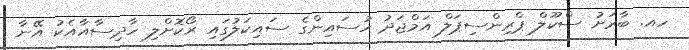
ހއ. ބާރަށު ސްކޫލް ޕްރިންސިޕަލް އަމްޖަދު ހުސައިންގެ ސައިކަލުގައި ރޯކޮށްލި ހާދިސާއާއެކު އޭނާ